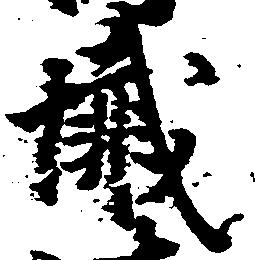
懺